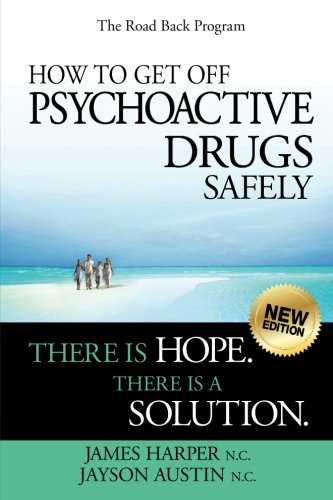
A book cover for How to Get Off Psychoactive Drugs Safely: There is Hope. There is a Solution.; James Harper N.C.; Medical Books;